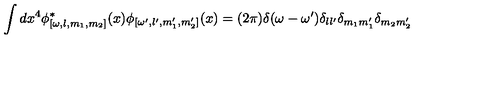
\int d x ^ { 4 } \phi _ { [ \omega , l , m _ { 1 } , m _ { 2 } ] } ^ { \ast } ( x ) \phi _ { [ \omega ^ { \prime } , l ^ { \prime } , m _ { 1 } ^ { \prime } , m _ { 2 } ^ { \prime } ] } ( x ) = ( 2 \pi ) \delta ( \omega - \omega ^ { \prime } ) \delta _ { l l ^ { \prime } } \delta _ { m _ { 1 } m _ { 1 } ^ { \prime } } \delta _ { m _ { 2 } m _ { 2 } ^ { \prime } }